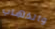
والذهاب